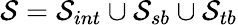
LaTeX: \mathcal{S}=\mathcal{S}_{int}\cup\mathcal{S}_{sb}\cup\mathcal{S}_{tb}